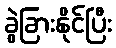
ခွဲခြားနိုင်ပြီး